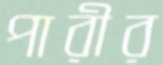
পারীর